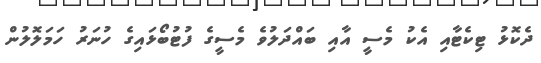
ދެކޮޅު ޓިކެޓާއި އެކު މެސީ އާއި ބައްދަލުވެ މެސީގެ ފުޓުބޯޅައިގެ ހުނަރު ހަމަލޮލުން